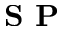
\textbf { S P }